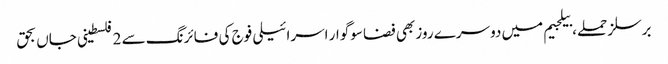
برسلز حملے، بیلجیم میں دوسرے روز بھی فضا سوگوار اسرائیلی فوج کی فائرنگ سے 2 فلسطینی جاں بحق